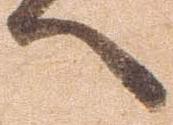
へ